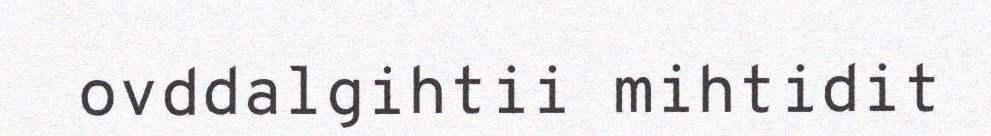
ovddalgihtii mihtidit